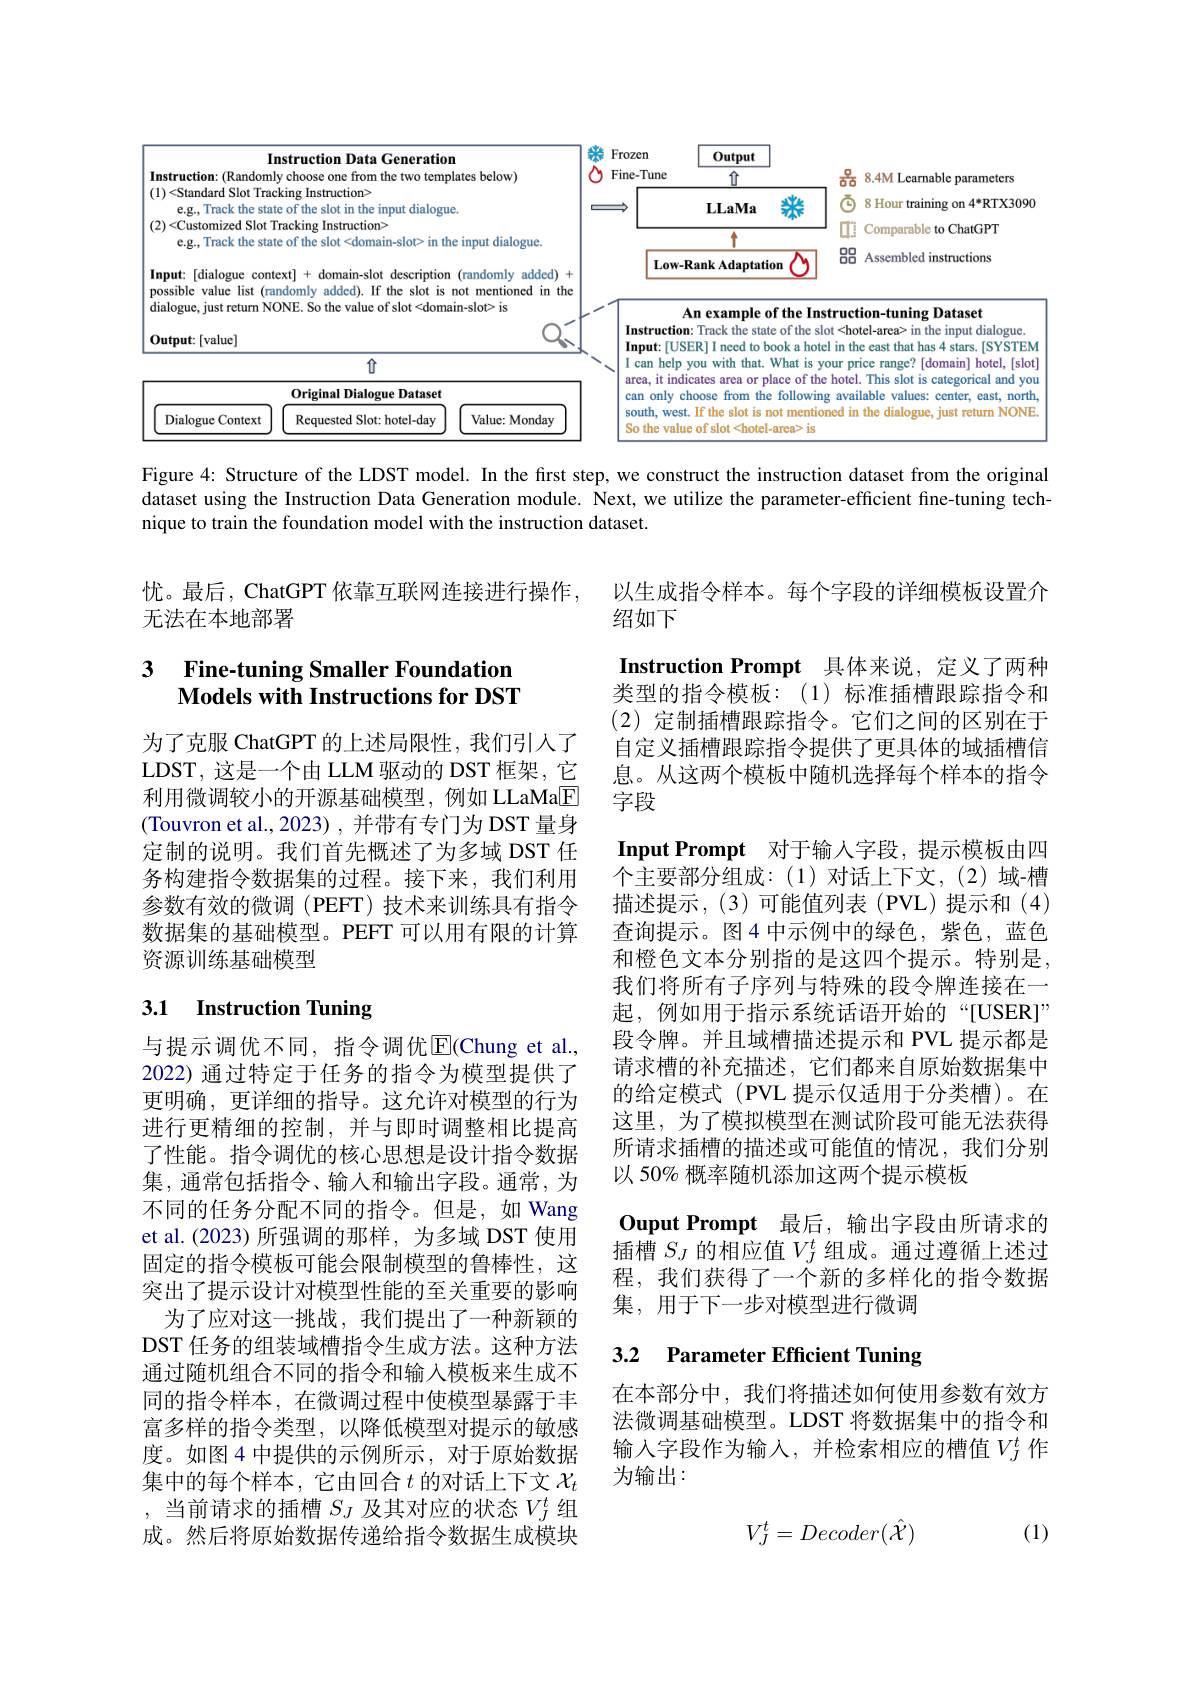
<FigureHere>

Figure 4: Structure of the LDST model. In the first step, we construct the instruction dataset from the original dataset using the Instruction Data Generation module. Next, we utilize the parameter-efficient fine-tuning technique to train the foundation model with the instruction dataset.

忧。最后，ChatGPT 依靠互联网连接进行操作，
无法在本地部署

以生成指令样本。每个字段的详细模板设置介
绍如下

### 3 Fine-tuning Smaller Foundation Models with Instructions for DST

为了克服 ChatGPT 的上述局限性，我们引入了LDST, 这是一个由 LLM 驱动的 DST 框架，它利用微调较小的开源基础模型，例如 LLaMaE (Touvron et al.,2023),并带有专门为 DST 量身定制的说明。我们首先概述了为多域 DST 任务构建指令数据集的过程。接下来，我们利用参数有效的微调(PEFT)技术来训练具有指令数据集的基础模型。PEFT 可以用有限的计算资源训练基础模型

Instruction Prompt 具体来说，定义了两种类型的指令模板：(1)标准插槽跟踪指令和(2)定制插槽跟踪指令。它们之间的区别在于自定义插槽跟踪指令提供了更具体的域插槽信息。从这两个模板中随机选择每个样本的指令字段
Input Prompt 对于输人字段，提示模板由四个主要部分组成：(1)对话上下文，(2)域-槽描述提示，(3)可能值列表(PVL)提示和(4) 查询提示。图4 中示例中的绿色，紫色，蓝色和橙色文本分别指的是这四个提示。特别是， 我们将所有子序列与特殊的段令牌连接在一起，例如用于指示系统话语开始的“[USER]” 段令牌。并且域槽描述提示和 PVL 提示都是请求槽的补充描述，它们都来自原始数据集中的给定模式 (PVL 提示仅适用于分类槽)。在这里，为了模拟模型在测试阶段可能无法获得所请求插槽的描述或可能值的情况，我们分别以 50% 概率随机添加这两个提示模板
Ouput Prompt 最后，输出字段由所请求的插槽$S_J$的相应值$V_J^t$组成。通过遵循上述过

### 3.1 Instruction Tuning

程，我们获得了一个新的多样化的指令数据
集，用于下一步对模型进行微调

与提示调优不同，指令调优$\operatorname{E}($Chung et al., 2022) 通过特定于任务的指令为模型提供了更明确，更详细的指导。这允许对模型的行为进行更精细的控制，并与即时调整相比提高了性能。指令调优的核心思想是设计指令数据集，通常包括指令、输入和输出字段。通常，为不同的任务分配不同的指令。但是，如 Wang et al.(2023)所强调的那样，为多域 DST 使用固定的指令模板可能会限制模型的鲁棒性，这突出了提示设计对模型性能的至关重要的影响
为了应对这一挑战，我们提出了一种新颖的DST 任务的组装域槽指令生成方法。这种方法通过随机组合不同的指令和输入模板来生成不同的指令样本，在微调过程中使模型暴露于丰富多样的指令类型，以降低模型对提示的敏感度。如图 4 中提供的示例所示，对于原始数据集中的每个样本，它由回合$t$ 的对话上下文 $\mathcal{X}_t$ ,当前请求的插槽$S_J$及其对应的状态$V_J^t$组成。然后将原始数据传递给指令数据生成模块

# 3.2 Parameter Efficient Tuning

在本部分中，我们将描述如何使用参数有效方法微调基础模型。LDST 将数据集中的指令和输入字段作为输入，并检索相应的槽值$V_J^t$ 作为输出：

(1)
$$V_J^t=Decoder(\hat{\mathcal{X}})$$